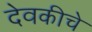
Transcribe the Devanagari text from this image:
देवकीचे